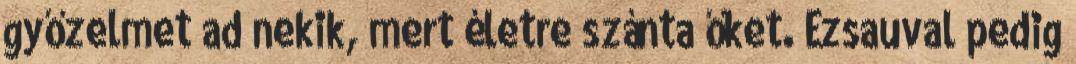
győzelmet ad nekik, mert életre szánta őket. Ézsauval pedig